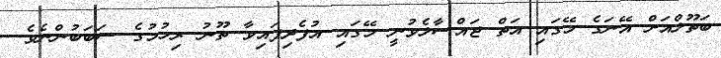
ބަތޫލްއަށް އޭނަގެ މޭގައި އަތް ޖައްސާލެވުނީ މޭގައި އުފެދިފައިވާ ތޫނު ރިހުމުގެ ސަބަބުންނެވެ.